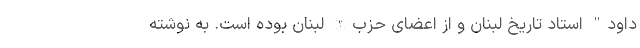
داود" استاد تاریخ لبنان و از اعضای حزب‌الله لبنان بوده است. به نوشته